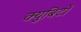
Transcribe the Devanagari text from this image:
क्युबिटों